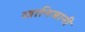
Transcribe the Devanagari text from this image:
खानिजानी